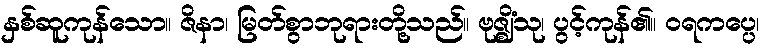
နှစ်ဆူကုန်သော။ ဇိနာ၊ မြတ်စွာဘုရားတို့သည်။ ဗုဇ္ဈိံသု၊ ပွင့်ကုန်၏။ ဝရကပ္ပေ၊